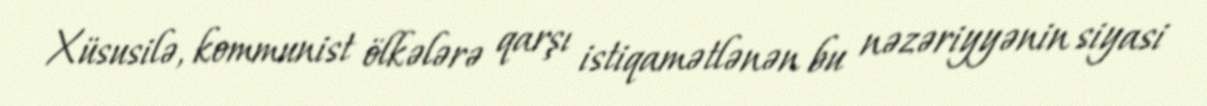
Xüsusilə, kommunist ölkələrə qarşı istiqamətlənən bu nəzəriyyənin siyasi